Report on the bubonic plague in Bombay, 1896-1897
Year: 1896
Disease focus: Plague
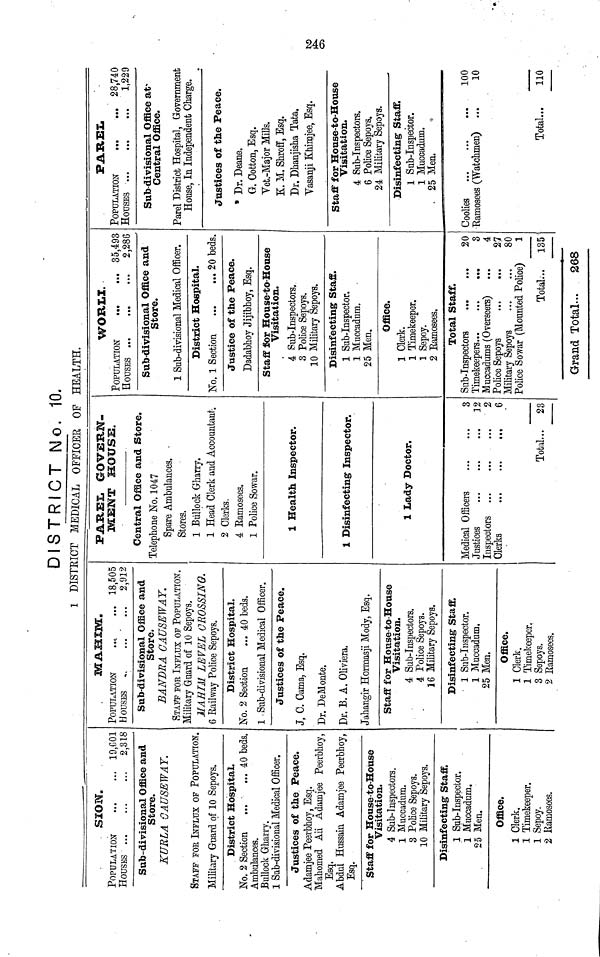
SION.
POPULATION
HOUSES ...
...
... 19,G01
2,318
Sub-divisional Office and
Store.
KURLA OAU8EWAY.
STAFF FOB INFLUX OF POPULATION.
Military Guard of 10 Sepoys.
District Hospital.
No. 2 Section
40 beds.
Ambulances.
Bullock Gharry.
1 Sab-divisional Medical Officer.
Justices of the Peace.
Adamjee Peerbhoy, Esq.
Mahomed Ali Adamjee Peerbhoy,
Esq.
Abdul Hussain Adamjee Peerbhoy,
Esq.
Staff for House-to-House
Visitation.
4 Sub-Inspectors.
1 Muccadum.
3 Police Sepoys.
10 Military Sepoys.
Disinfecting Staff.
1 Sub-Inspector.
1 Muccadum.
25 Men.
Office.
1 Clerk.
1 Timekeeper.
1 Sepoy.
2 Ramosees.
MAHIM.
POPULATION
HOUSES
...
...
18,505
2,912
Sub-divisional Office and
Store.
BANDRA CAUSEWAY.
STAFF FOR INFLUX OF POPULATION.
Military Guard of 10 Sepoys,
MAHIM LEVEL CROSSING.
6 Railway Police Sepoys.
District Hospital.
No. 2 Section
... 40 beds.
1 Sub-divisional Medical Officer.
Justices of the Peace.
J, G. Cama, Esq.
Dr. DeMonte.
Dr. B. A. Oliviera.
Jahangir Hormasji Mody, Esq.
Staff for House-to-House
Visitation.
4 Sub-Inspectors.
4 Police Sepoys.
16 Military Sepoys.
Disinfecting Staff.
1 Sub-Inspector.
1 Muccadum.
25 Men.
Office.
1 Clerk.
1 Timekeeper.
3 Sepoys.
2 Ramosees.
PAREL GOVERN-
MENT BOUSE.
Central Office and Store.
Telephone No. 1047
Spare Ambulances.
Stores.
1 Bullock Gharry.
1 Head Clerk and Accountant-.
2 Clerks.
4 Ramosees.
1 Police Sowar.
1 Health Inspector.
1 Disinfecting Inspector.
1 Lady Doctor.
Medical Officers
Justices
Inspectors ...
Clerks
• ••
• ••
• ••
• • •
Total...
3
12
2
6
23
WORLI.
POPULATION
HOUSES ...
...
...
...
35,493
2.286
Sub-divisional Office and
Store.
1 Sub-divisional Medical Officer.
District Hospital.
No. 1 Section
...
... 20 beds.
Justice of the Peace.
Dadabhoy Jijibhoy, Esq.
Staff for House-to-House
Visitation.
4 Sub-Inspectors.
3 Police Sepoys.
10 Military Sepoys.
Disinfecting Staff.
1 Sub-Inspector.
1 Muccadum.
25 Men.
Office.
1 Clerk.
1 Timekeeper.
1 Sepoy.
2 Ramosees.
Total Staff.
Sub-Inspectors
Timekeepers...
...
...
Muccadums (Overseers)
Police Sepoys
Military Sepoys
...
Police Sowar (Mounted Police.
Total...
Grand Total...
20
3
4
27
80
)
1
135
268
PAREL
POPULATION
HOUSES ...
•••
...
••*
28,740
1,229
Sub-divisional Office at
Central Office.
Parel District Hospital, Government
House, In Independent Charge.
Justices of the Peace.
* Dr. Deane.
G. Gotten, Esq.
Vet.-Major Mills.
E. M. Shroff, Esq.
Dr. Dhanjisha Tata.
Yasanji Khimjee, Esq.
Staff for House-to-House
Visitation.
4 Sub-Inspectors.
6 Police Sepoys.
24 Military Sepoys.
Disinfecting Staff.
1 Sub-Inspector.
1 Muccadum.
25 Men.
•
Coolies
...
Ramosees (Watchmen)
•••
...
100
10
Total...
110
DISTRICT No. 10.
1 DISTRICT MEDICAL OFFICER OP HEALTH.